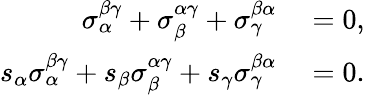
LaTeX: \begin{array}{rl}{\sigma_{\alpha}^{\beta\gamma}+\sigma_{\beta}^{\alpha\gamma}+\sigma_{\gamma}^{\beta\alpha}}&{{}=0,}\\ {s_{\alpha}\sigma_{\alpha}^{\beta\gamma}+s_{\beta}\sigma_{\beta}^{\alpha\gamma}+s_{\gamma}\sigma_{\gamma}^{\beta\alpha}}&{{}=0.}\end{array}